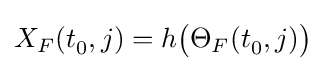
X_{F}(t_{0}^{},j)=h{\big (}\Theta _{F}(t_{0}^{},j){\big )}